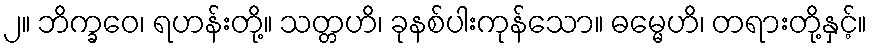
၂။ ဘိက္ခဝေ၊ ရဟန်းတို့။ သတ္တဟိ၊ ခုနစ်ပါးကုန်သော။ ဓမ္မေဟိ၊ တရားတို့နှင့်။